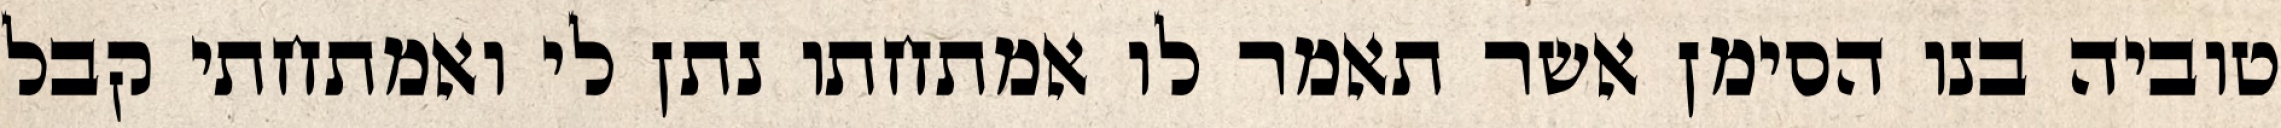
טוביה בנו הסימן אשר תאמר לו אמתחתו נתן לי ואמתחתי קבל